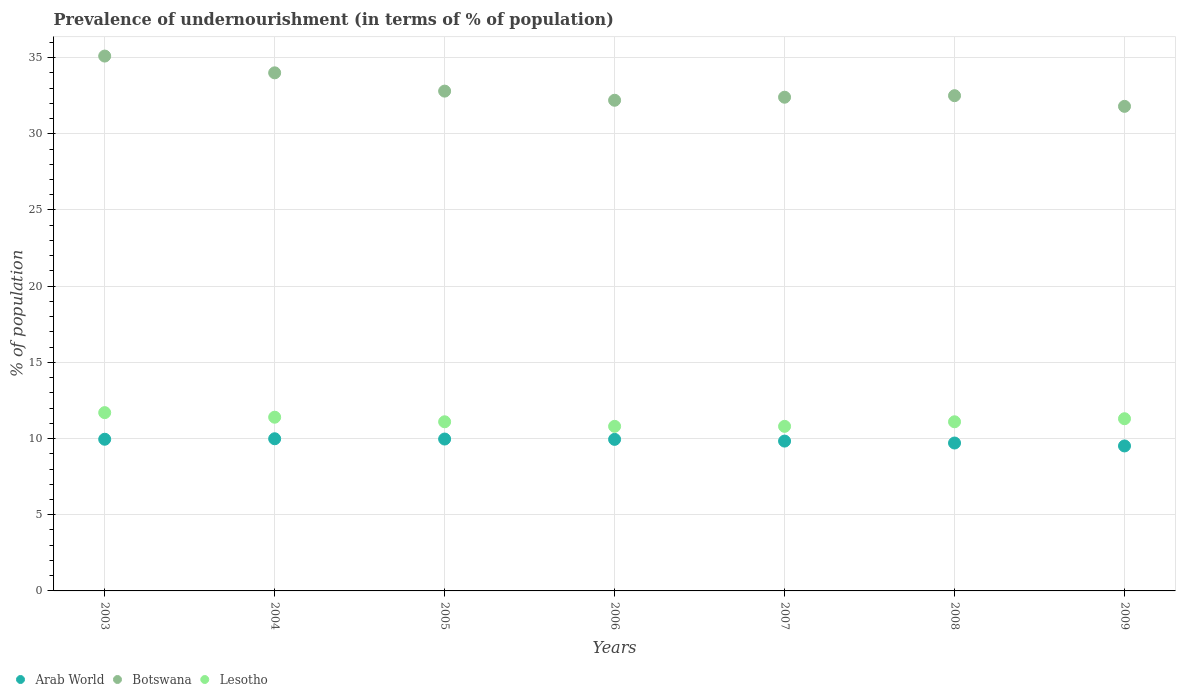
| Years | Arab World | Botswana | Lesotho |
 | --- | --- | --- | --- |
 | 2003 | 9.95 | 35.1 | 11.7 |
 | 2004 | 9.99 | 34 | 11.4 |
 | 2005 | 9.97 | 32.8 | 11.1 |
 | 2006 | 9.95 | 32.2 | 10.8 |
 | 2007 | 9.83 | 32.4 | 10.8 |
 | 2008 | 9.71 | 32.5 | 11.1 |
 | 2009 | 9.51 | 31.8 | 11.3 |